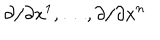
\partial / \partial x ^ { 1 } , \ldots , \partial / \partial x ^ { n }